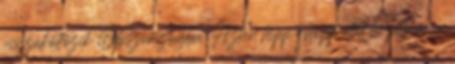
visszaköltözik Olaszországba. Aztán hipp-hopp eltelt jó pár év, a